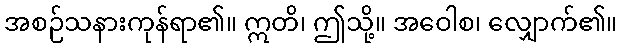
အစဉ်သနားကုန်ရာ၏။ ဣတိ၊ ဤသို့။ အဝေါစ၊ လျှောက်၏။